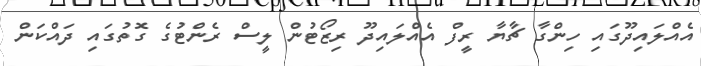
އެއްލައިދޫގައި ހިންގާ ޗާޔާ ރީފް އެއްލައިދޫ ރިޒޯޓުން ލީސް ރެންޓުގެ ގޮތުގައި ދައްކަން